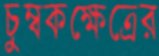
চুম্বকক্ষেত্রের